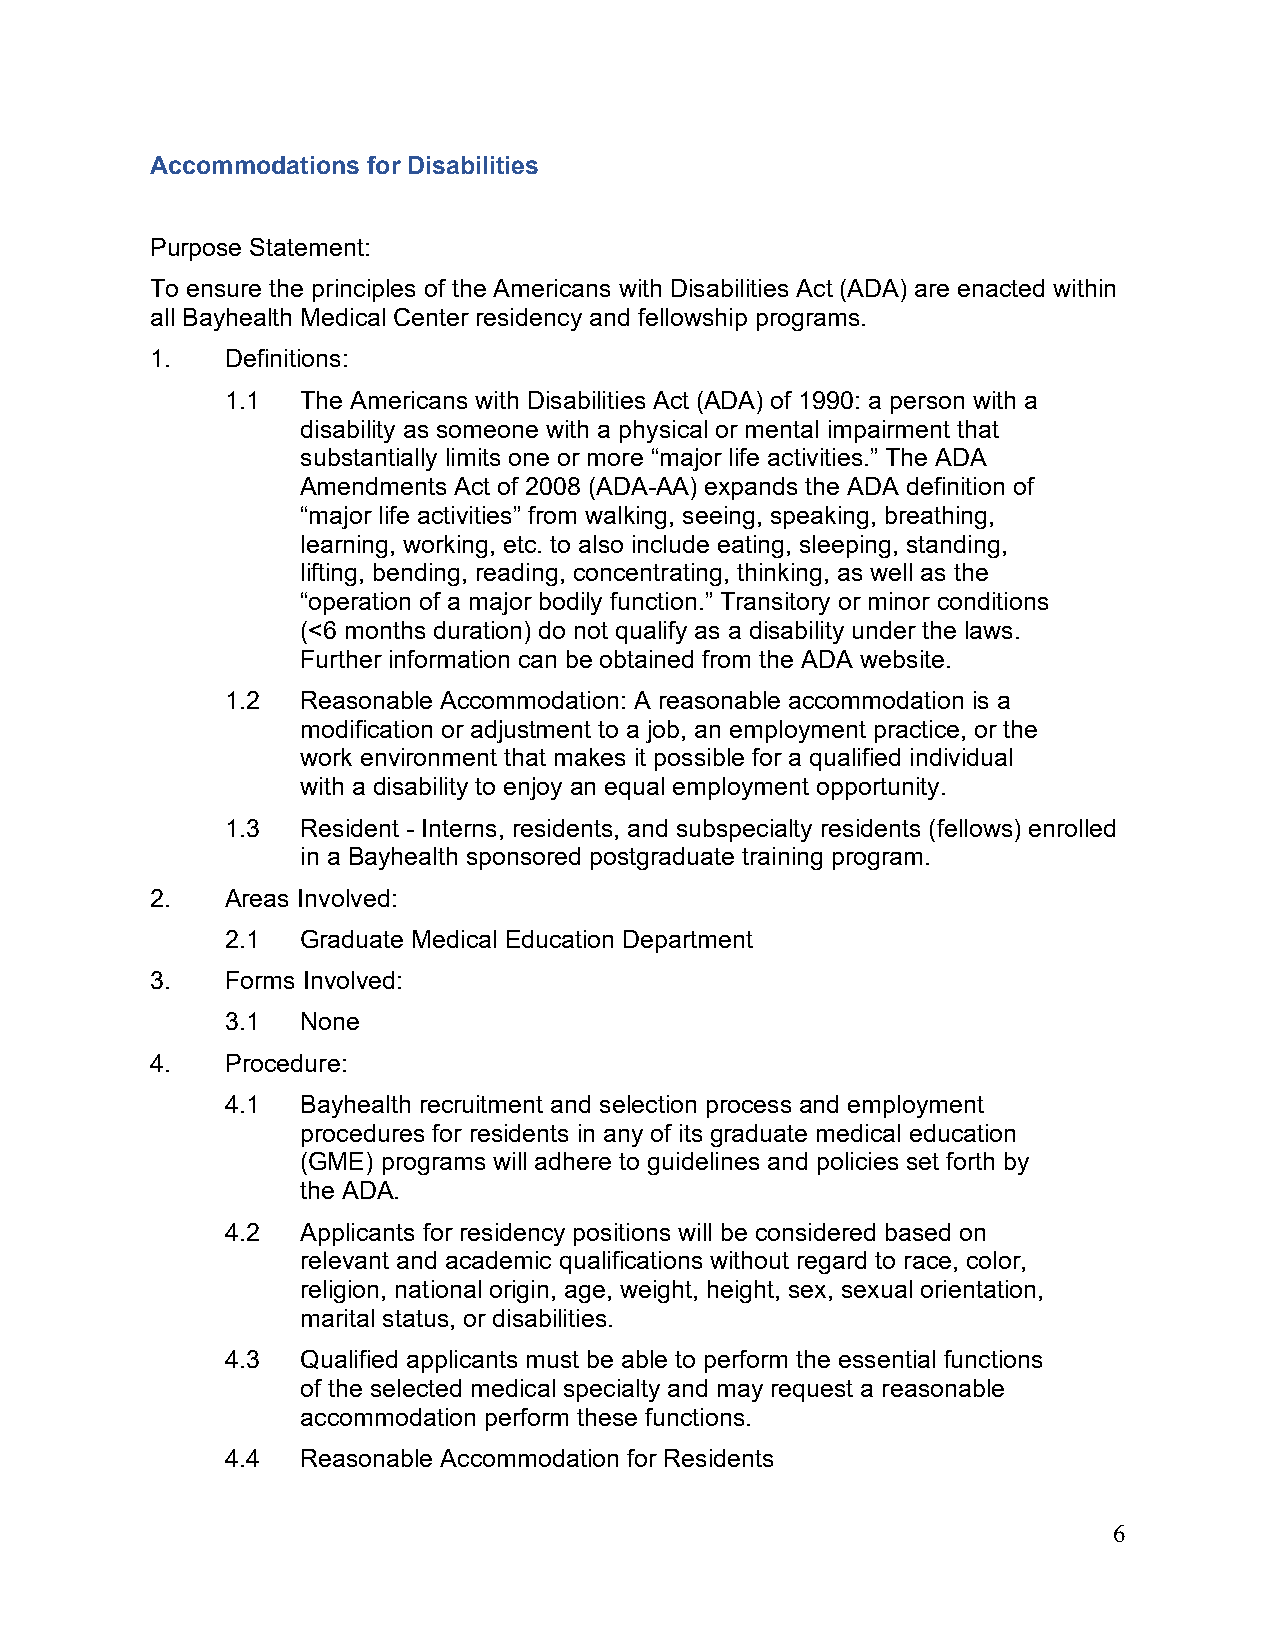
Accommodations for Disabilities
 Purpose Statement:
 To ensure the principles of the Americans with Disabilities Act (ADA) are enacted within
 all Bayhealth Medical Center residency and fellowship programs.
 1.   Definitions:
 1.1  The Americans with Disabilities Act (ADA) of 1990: a person with a
 disability as someone with a physical or mental impairment that
 substantially limits one or more “major life activities.” The ADA
 Amendments Act of 2008 (ADA-AA) expands the ADA definition of
 “major life activities” from walking, seeing, speaking, breathing,
 learning, working, etc. to also include eating, sleeping, standing,
 lifting, bending, reading, concentrating, thinking, as well as the
 “operation of a major bodily function.” Transitory or minor conditions
 (<6 months duration) do not qualify as a disability under the laws.
 Further information can be obtained from the ADA website.
 1.2  Reasonable Accommodation: A reasonable accommodation is a
 modification or adjustment to a job, an employment practice, or the
 work environment that makes it possible for a qualified individual
 with a disability to enjoy an equal employment opportunity.
 1.3  Resident - Interns, residents, and subspecialty residents (fellows) enrolled
 in a Bayhealth sponsored postgraduate training program.
 2.   Areas Involved:
 2.1  Graduate Medical Education Department
 3.   Forms Involved:
 3.1  None
 4.   Procedure:
 4.1  Bayhealth recruitment and selection process and employment
 procedures for residents in any of its graduate medical education
 (GME) programs will adhere to guidelines and policies set forth by
 the ADA.
 4.2  Applicants for residency positions will be considered based on
 relevant and academic qualifications without regard to race, color,
 religion, national origin, age, weight, height, sex, sexual orientation,
 marital status, or disabilities.
 4.3  Qualified applicants must be able to perform the essential functions
 of the selected medical specialty and may request a reasonable
 accommodation perform these functions.
 4.4  Reasonable Accommodation for Residents
 6